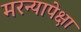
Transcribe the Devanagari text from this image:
मरन्यापेक्षा